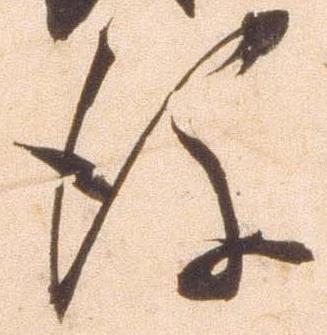
後